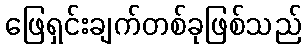
ဖြေရှင်းချက်တစ်ခုဖြစ်သည်